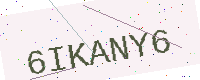
Text: 6IKANY6